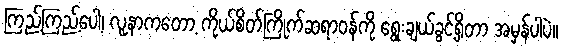
ကြည့်ကြည့်ပေါ့၊ လူနာကတော့ ကိုယ်စိတ်ကြိုက်ဆရာဝန်ကို ရွေးချယ်ခွင့်ရှိတာ အမှန်ပါပဲ။